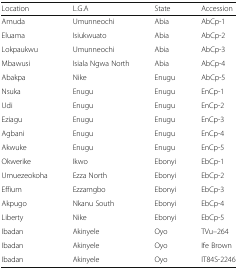
| Location | L.G.A | State | Accession |
 | --- | --- | --- | --- |
 | Amuda | Umunneochi | Abia | AbCp-1 |
 | Eluama | Isiukwuato | Abia | AbCp-2 |
 | Lokpaukwu | Umunneochi | Abia | AbCp-3 |
 | Mbawusi | Isiala Ngwa North | Abia | AbCp-4 |
 | Abakpa | Nike | Enugu | AbCp-5 |
 | Nsuka | Enugu | Enugu | EnCp-1 |
 | Udi | Enugu | Enugu | EnCp-2 |
 | Eziagu | Enugu | Enugu | EnCp-3 |
 | Agbani | Enugu | Enugu | EnCp-4 |
 | Akwuke | Enugu | Enugu | EnCp-5 |
 | Okwerike | Ikwo | Ebonyi | EbCp-1 |
 | Umuezeokoha | Ezza North | Ebonyi | EbCp-2 |
 | Effium | Ezzamgbo | Ebonyi | EbCp-3 |
 | Akpugo | Nkanu South | Ebonyi | EbCp-4 |
 | Liberty | Nike | Ebonyi | EbCp-5 |
 | Ibadan | Akinyele | Oyo | TVu–264 |
 | Ibadan | Akinyele | Oyo | Ife Brown |
 | Ibadan | Akinyele | Oyo | IT84S-2246 |